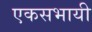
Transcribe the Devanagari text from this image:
एकसभायी